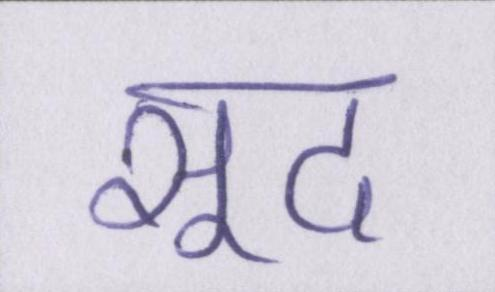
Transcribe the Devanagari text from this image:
सूद